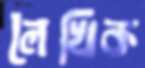
লৈখিক